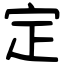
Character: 定